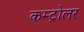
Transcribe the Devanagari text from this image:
कम्ट्रोलर